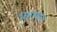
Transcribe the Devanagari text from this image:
भाएगा।